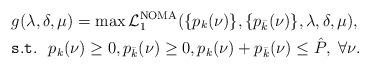
LaTeX: \begin{align*}&g(\lambda,\delta,\mu)=\max\mathcal{L}_1^{\rm NOMA}(\{p_k(\nu)\},\{p_{\bar k}(\nu)\},\lambda,\delta,\mu),\\&\mathtt{s.t.}~~p_k(\nu)\ge 0, p_{\bar k}(\nu)\ge 0, p_k(\nu)+p_{\bar k}(\nu)\le\hat P, \; \forall\nu. \end{align*}